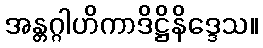
အန္တဂ္ဂါဟိကာဒိဋ္ဌိနိဒ္ဒေသ။